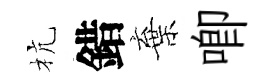
杭錯棄唧